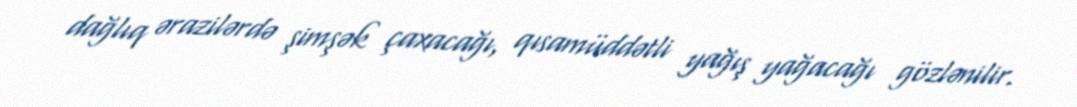
dağlıq ərazilərdə şimşək çaxacağı, qısamüddətli yağış yağacağı gözlənilir.